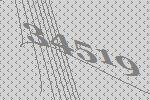
34519